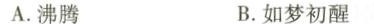
A.沸腾 B.如梦初醒